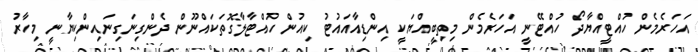
އަހަރެމެން ހުއްޓީއްޔާދޯ ހުއްޓޭނީ އަހަރެމެން މިތިބީއްޔަކީ އިންޑިއާއައުޓު ކިއުން ހުއްޓާލާގޮތަކައްނޫން ދެންގިނަގިނައިންކިޔާނީ މިހާރު